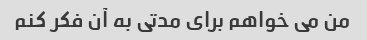
من می خواهم برای مدتی به آن فکر کنم